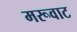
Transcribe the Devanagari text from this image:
मरूवाट